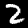
Digit: 2